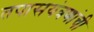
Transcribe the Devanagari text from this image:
तपासयंत्रणांची